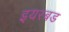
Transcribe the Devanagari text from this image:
इयरबड